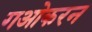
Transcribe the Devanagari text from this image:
गओकरन